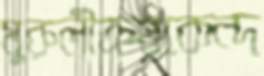
মুরুলীক্রয়কেন্দ